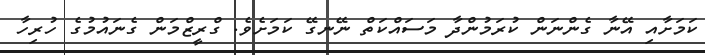
ކަމަށާއި އޭނާ ގެންނަން ކުރަމުންދާ މަސައްކަތް ނޭނގޭ ކަމަށެވެ. ގްރީޒްމަން ގެނައުމުގެ ހުރިހާ